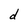
Character: d